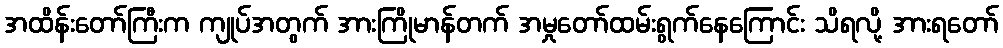
အထိန်းတော်ကြီးက ကျုပ်အတွက် အားကြိုမာန်တက် အမှုတော်ထမ်းရွက်နေကြောင်း သိရလို့ အားရတော်